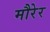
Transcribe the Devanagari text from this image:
मौरेर